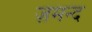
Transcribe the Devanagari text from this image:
ज़मन्द